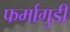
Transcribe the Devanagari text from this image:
फर्मागुडी